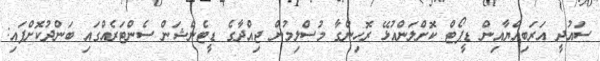
ސައުދީ އަރަބިއްޔާއިން ޑީޕޯޓް ކޮށްލަންއުޅޭ ރޮހިންގާ މުސްލިމުން ޖިއްދާގެ ޑީޓެންޝަން ސެންޓަރެއްގައި ބަންދުކޮށްފައި: